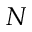
N